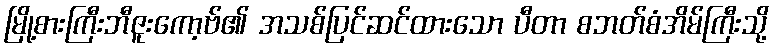
မြို့စားကြီးဘီဇူးကော့ဗ်၏ အသစ်ပြင်ဆင်ထားသော ပီတာ စဘတ်စံအိမ်ကြီးသို့